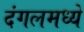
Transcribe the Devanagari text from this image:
दंगलमध्ये